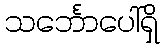
သင်္ဘောပေါ်ရှိ